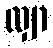
လျှာ